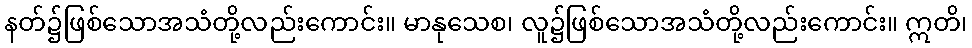
နတ်၌ဖြစ်သောအသံတို့လည်းကောင်း။ မာနုသေစ၊ လူ၌ဖြစ်သောအသံတို့လည်းကောင်း။ ဣတိ၊